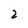
Character: 2